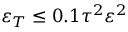
\varepsilon _ { T } \leq 0 . 1 \tau ^ { 2 } \varepsilon ^ { 2 }